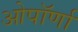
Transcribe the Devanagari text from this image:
ओपॉर्णा